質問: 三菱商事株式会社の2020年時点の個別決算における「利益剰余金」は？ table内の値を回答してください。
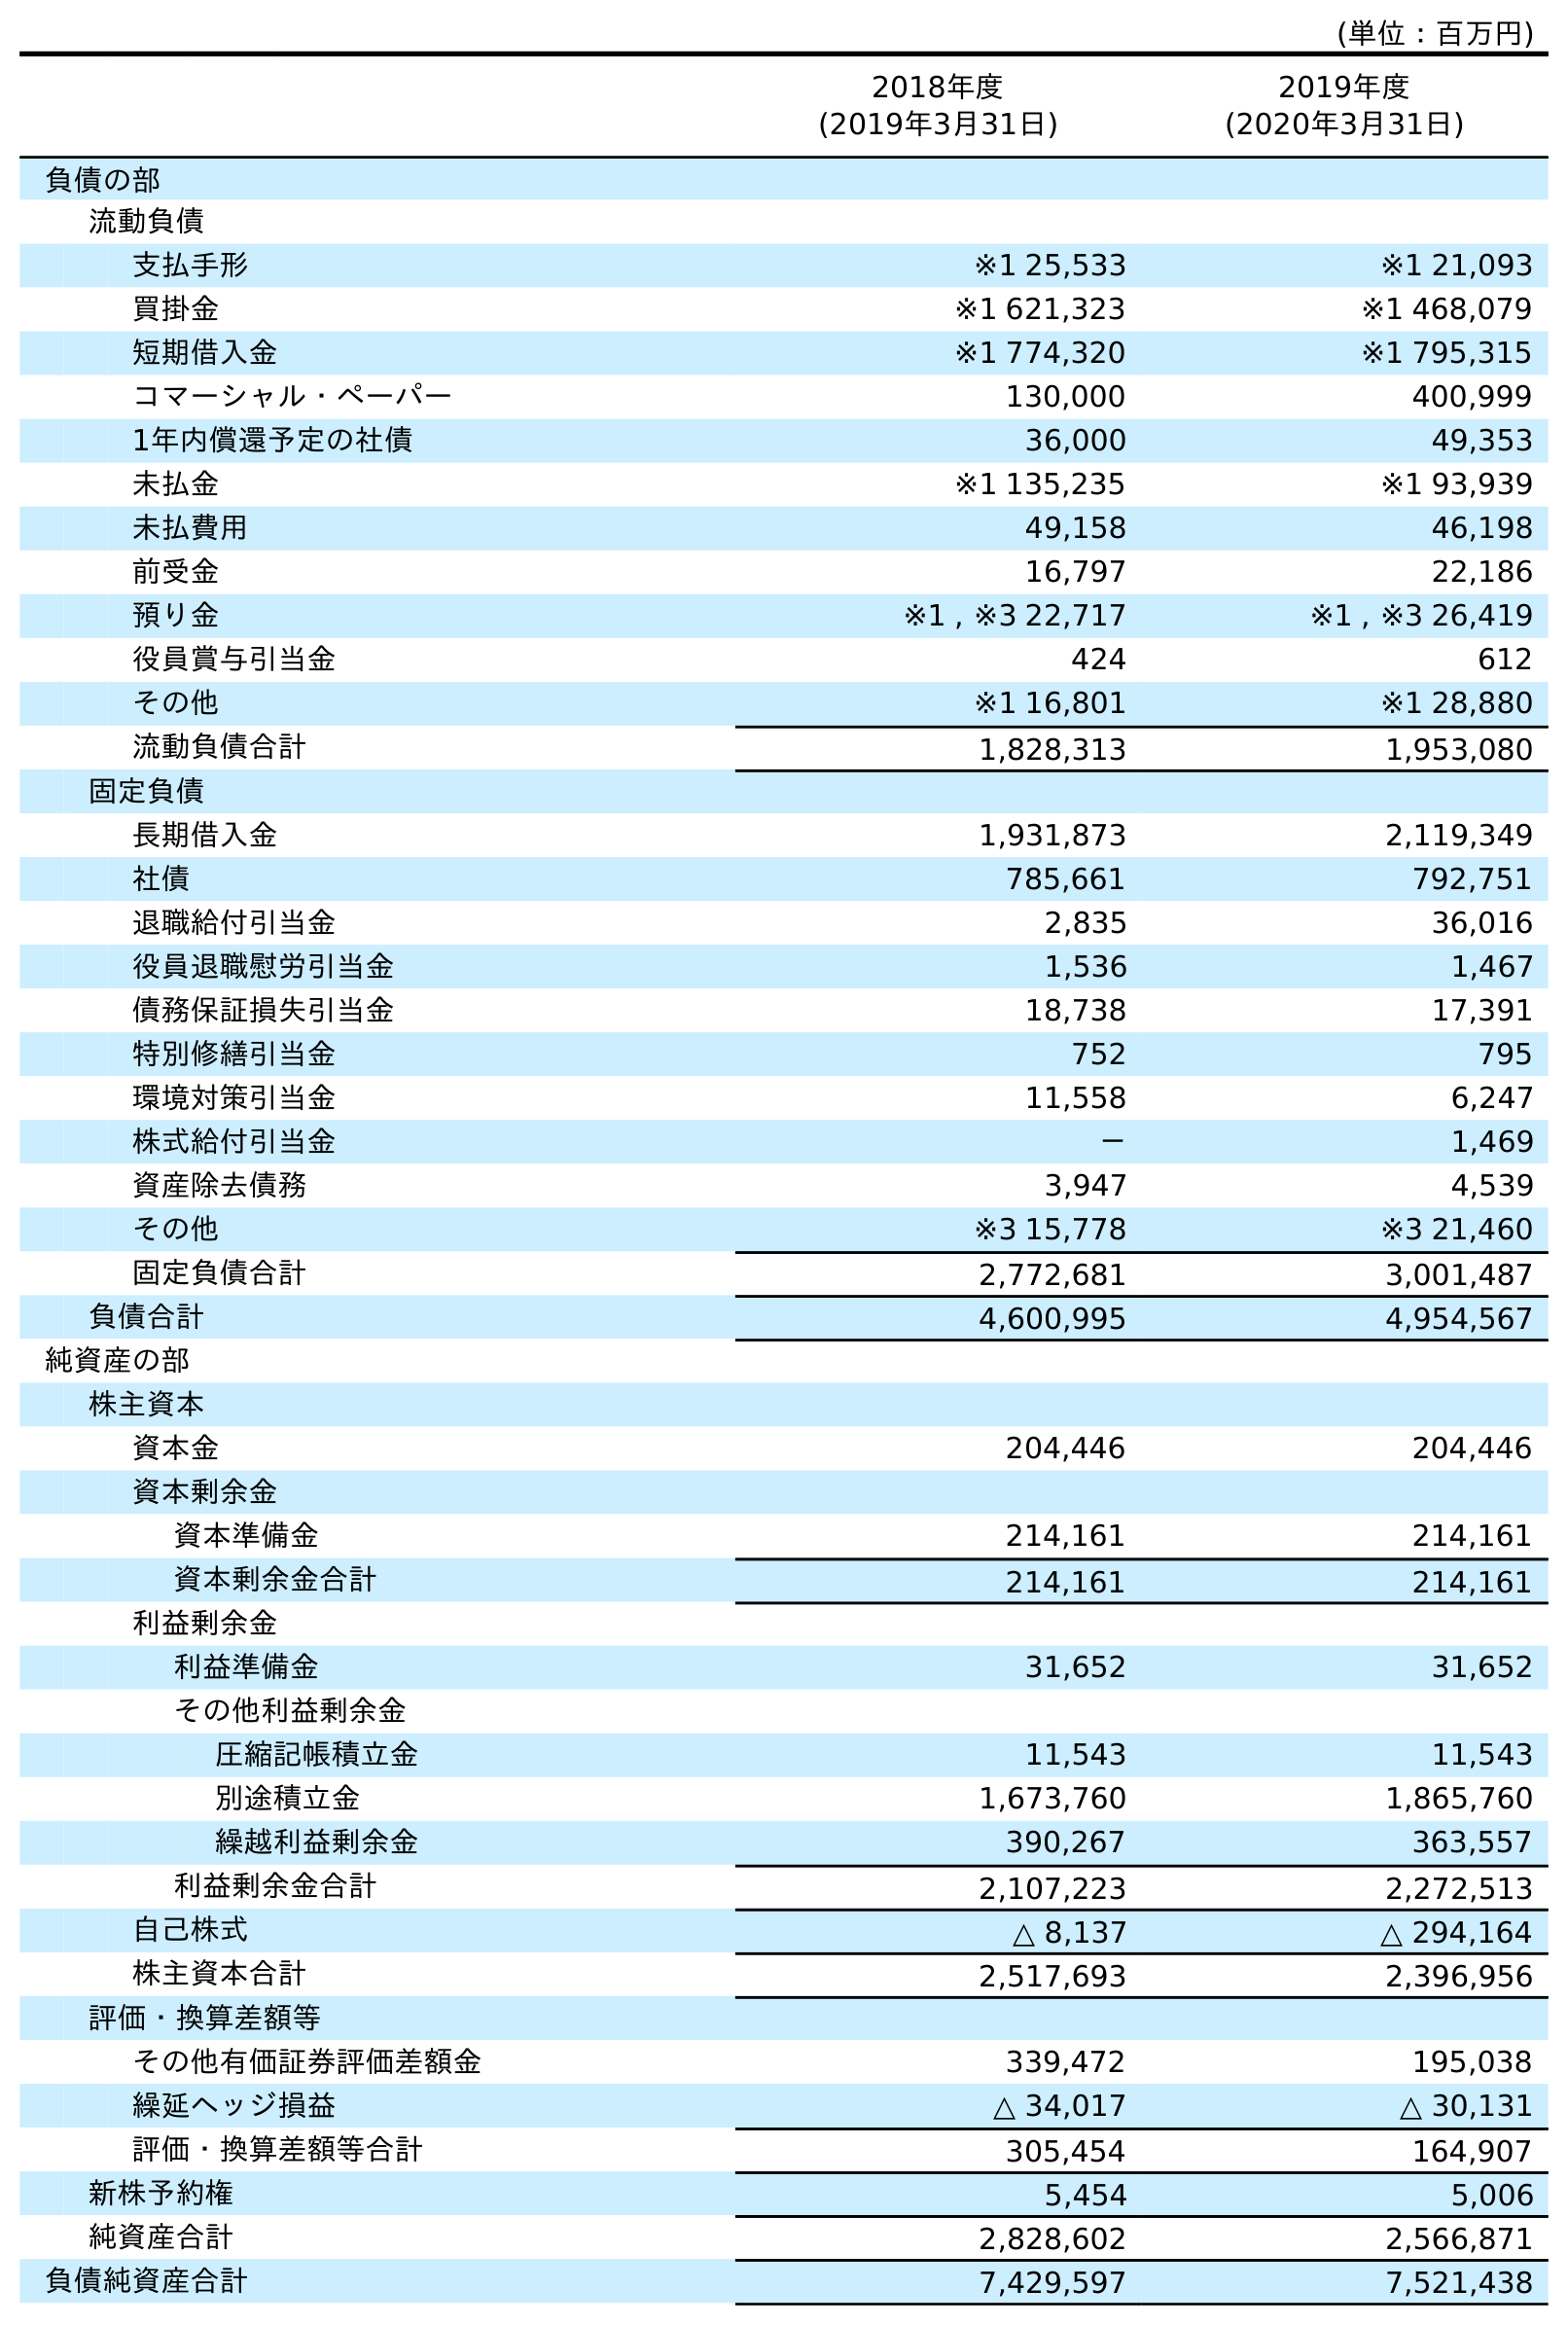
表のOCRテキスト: (単位：百万円) 2018年度 (2019年3月31日) 2019年度 (2020年3月31日) 負債の部 流動負債 支払手形 ※1 25,533 ※1 21,093 買掛金 ※1 621,323 ※1 468,079 短期借入金 ※1 774,320 ※1 795,315 コマーシャル・ペーパー 130,000 400,999 1年内償還予定の社債 36,000 49,353 未払金 ※1 135,235 ※1 93,939 未払費用 49,158 46,198 前受金 16,797 22,186 預り金 ※1 , ※3 22,717 ※1 , ※3 26,419 役員賞与引当金 424 612 その他 ※1 16,801 ※1 28,880 流動負債合計 1,828,313 1,953,080 固定負債 長期借入金 1,931,873 2,119,349 社債 785,661 792,751 退職給付引当金 2,835 36,016 役員退職慰労引当金 1,536 1,467 債務保証損失引当金 18,738 17,391 特別修繕引当金 752 795 環境対策引当金 11,558 6,247 株式給付引当金 － 1,469 資産除去債務 3,947 4,539 その他 ※3 15,778 ※3 21,460 固定負債合計 2,772,681 3,001,487 負債合計 4,600,995 4,954,567 純資産の部 株主資本 資本金 204,446 204,446 資本剰余金 資本準備金 214,161 214,161 資本剰余金合計 214,161 214,161 利益剰余金 利益準備金 31,652 31,652 その他利益剰余金 圧縮記帳積立金 11,543 11,543 別途積立金 1,673,760 1,865,760 繰越利益剰余金 390,267 363,557 利益剰余金合計 2,107,223 2,272,513 自己株式 △ 8,137 △ 294,164 株主資本合計 2,517,693 2,396,956 評価・換算差額等 その他有価証券評価差額金 339,472 195,038 繰延ヘッジ損益 △ 34,017 △ 30,131 評価・換算差額等合計 305,454 164,907 新株予約権 5,454 5,006 純資産合計 2,828,602 2,566,871 負債純資産合計 7,429,597 7,521,438
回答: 2,272,513